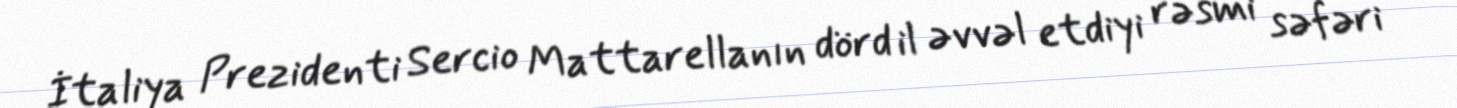
İtaliya Prezidenti Sercio Mattarellanın dörd il əvvəl etdiyi rəsmi səfəri